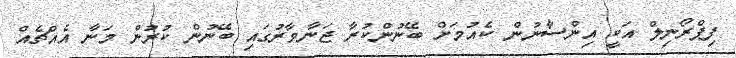
ފިޕްރޯނިލް އަކީ އިންސާނުން ކެއުމަށް ބޭނުންކުރާ ޖަނާވާރުގައި ބޭނުން ކުރުން މަނާ އެއްޗެއް